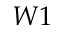
W 1